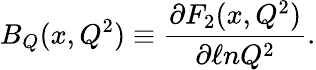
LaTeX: B_{Q}(x,Q^{2})\equiv\frac{\partial F_{2}(x,Q^{2})}{\partial\ell nQ^{2}}.